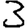
Digit: 3